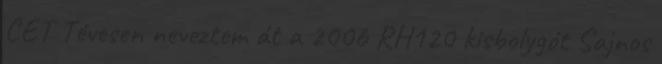
CET Tévesen neveztem át a 2006 RH120 kisbolygót Sajnos